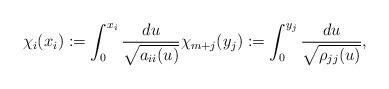
LaTeX: \begin{align*}\chi_i(x_i) := \int_0^{x_i} \frac{du}{\sqrt{a_{ii}(u)}} \chi_{m + j}(y_j) := \int_0^{y_j} \frac{du}{\sqrt{\rho_{jj}(u)}},\end{align*}